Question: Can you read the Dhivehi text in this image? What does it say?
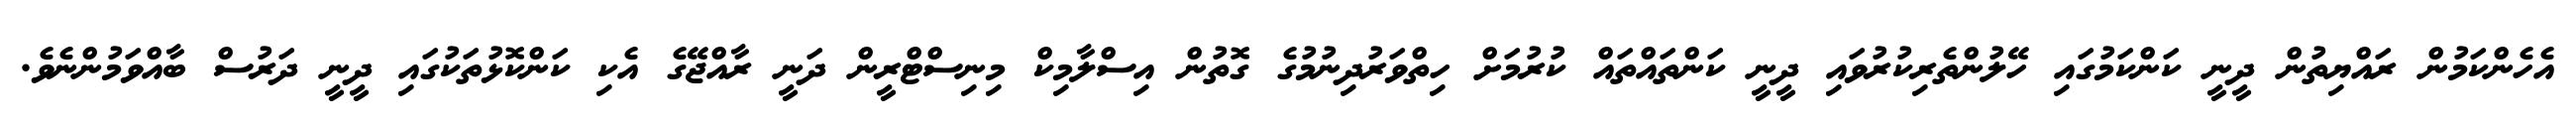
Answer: އެހެންކަމުން ރައްޔިތުން ދީނީ ކަންކަމުގައި ހޭލުންތެރިކުރުވައި ދީނީ ކަންތައްތައް ކުރުމަށް ހިތްވަރުދިނުމުގެ ގޮތުން އިސްލާމިކް މިނިސްޓްރީން ދަނީ ރާއްޖޭގެ އެކި ކަންކޮޅުތަކުގައި ދީނީ ދަރުސް ބާއްވަމުންނެވެ.